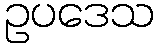
ဥပဒေသ